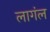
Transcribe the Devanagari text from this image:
लागंल